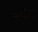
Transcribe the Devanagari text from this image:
लोबैटो